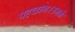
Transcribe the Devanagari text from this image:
पहचान।उनके